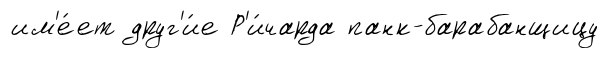
им'е́ет друг'и́е Р'и́чарда панк-барабанщицу